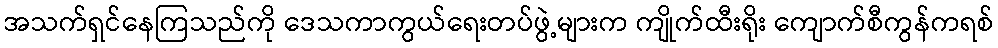
အသက်ရှင်နေကြသည်ကို ဒေသကာကွယ်ရေးတပ်ဖွဲ့များက ကျိုက်ထီးရိုး ကျောက်စီကွန်ကရစ်